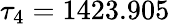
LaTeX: \tau_{4}=1423.905